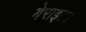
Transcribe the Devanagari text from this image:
बेराइट।